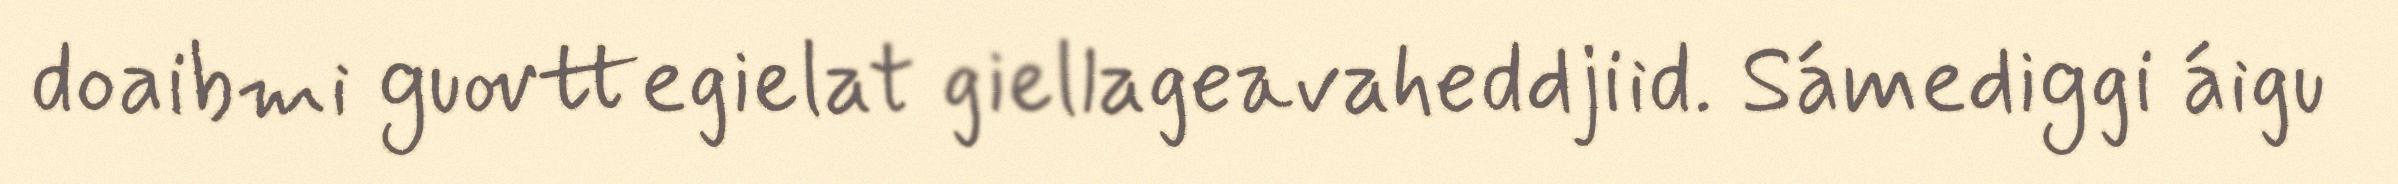
doaibmi guovttegielat giellageavaheddjiid. Sámediggi áigu